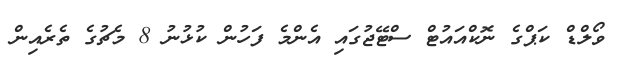
ވޯލްޑް ކަޕްގެ ނޮކްއައުޓް ސްޓޭޖުގައި އެންމެ ފަހުން ކުޅުނު 8 މެޗުގެ ތެރެއިން